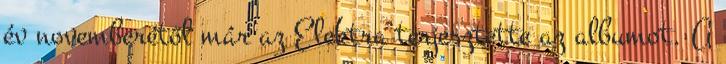
év novemberétől már az Elektra terjesztette az albumot. A